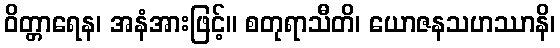
ဝိတ္တာရေန၊ အနံအားဖြင့်။ စတုရာသီတိ၊ ယောဇနသဟဿာနိ၊